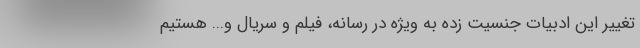
تغییر این ادبیات جنسیت زده به ویژه در رسانه، فیلم و سریال و... هستیم